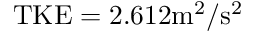
\mathrm { T K E } = 2 . 6 1 2 \mathrm { m ^ { 2 } / s ^ { 2 } }